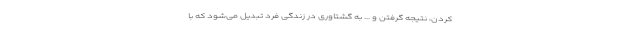
کردن، نتیجه گرفتن و ... به گشتاوری در زندگی فرد تبدیل می‌شود که با